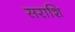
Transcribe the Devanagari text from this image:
सराशि